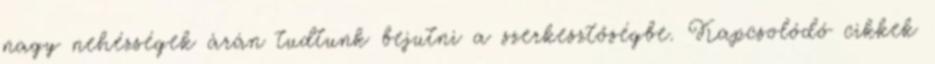
nagy nehézségek árán tudtunk bejutni a szerkesztőségbe. Kapcsolódó cikkek